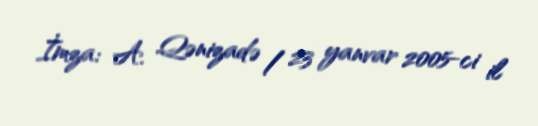
İmza: A. Qənizadə / 23 yanvar 2005-ci il